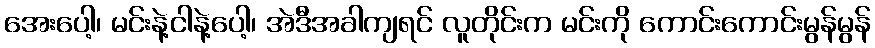
အေးပေါ့၊ မင်းနဲ့ငါနဲ့ပေါ့၊ အဲဒီအခါကျရင် လူတိုင်းက မင်းကို ကောင်းကောင်းမွန်မွန်